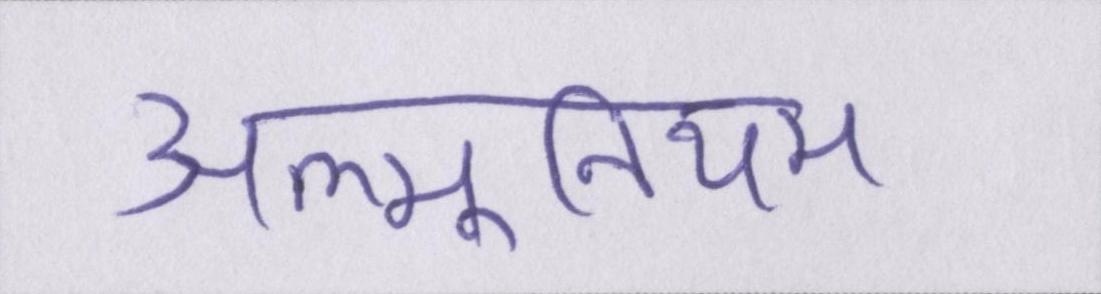
अल्मूनियम